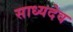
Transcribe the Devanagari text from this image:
साध्यदेव